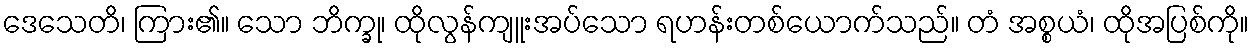
ဒေသေတိ၊ ကြား၏။ သော ဘိက္ခု၊ ထိုလွန်ကျူးအပ်သော ရဟန်းတစ်ယောက်သည်။ တံ အစ္စယံ၊ ထိုအပြစ်ကို။